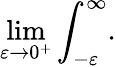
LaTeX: \operatorname*{lim}_{\varepsilon\rightarrow 0^{+}}\int_{-\varepsilon}^{\infty}.